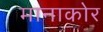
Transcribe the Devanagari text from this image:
मानाकोर